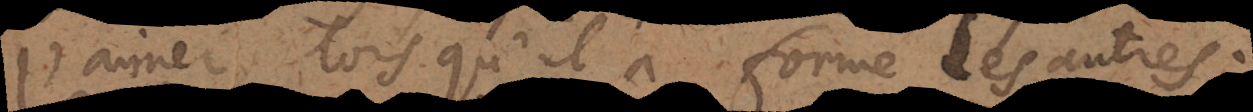
l’aimer lorsqu’il a formé les autres